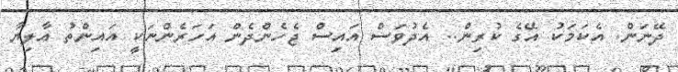
ދޭނަން. އެކަމަކު އޭގެ ކުރިން.. އެދުވަސް އައިސް ޖެހެންދެން އަހަރެންނަކީ އައިންތު އާލިޔާ